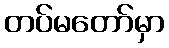
တပ်မတော်မှာ